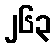
၂၆၃